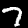
Label: 7